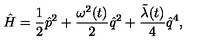
\hat { H } = \frac { 1 } { 2 } \hat { p } ^ { 2 } + \frac { { \omega } ^ { 2 } ( t ) } { 2 } \hat { q } ^ { 2 } + \frac { \tilde { \lambda } ( t ) } { 4 } \hat { q } ^ { 4 } ,